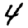
Digit: 4